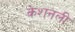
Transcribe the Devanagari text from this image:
केशनली